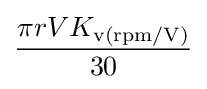
{\frac {\pi rVK_{\text{v(rpm/V)}}}{30}}